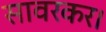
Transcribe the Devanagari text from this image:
सावरकर।